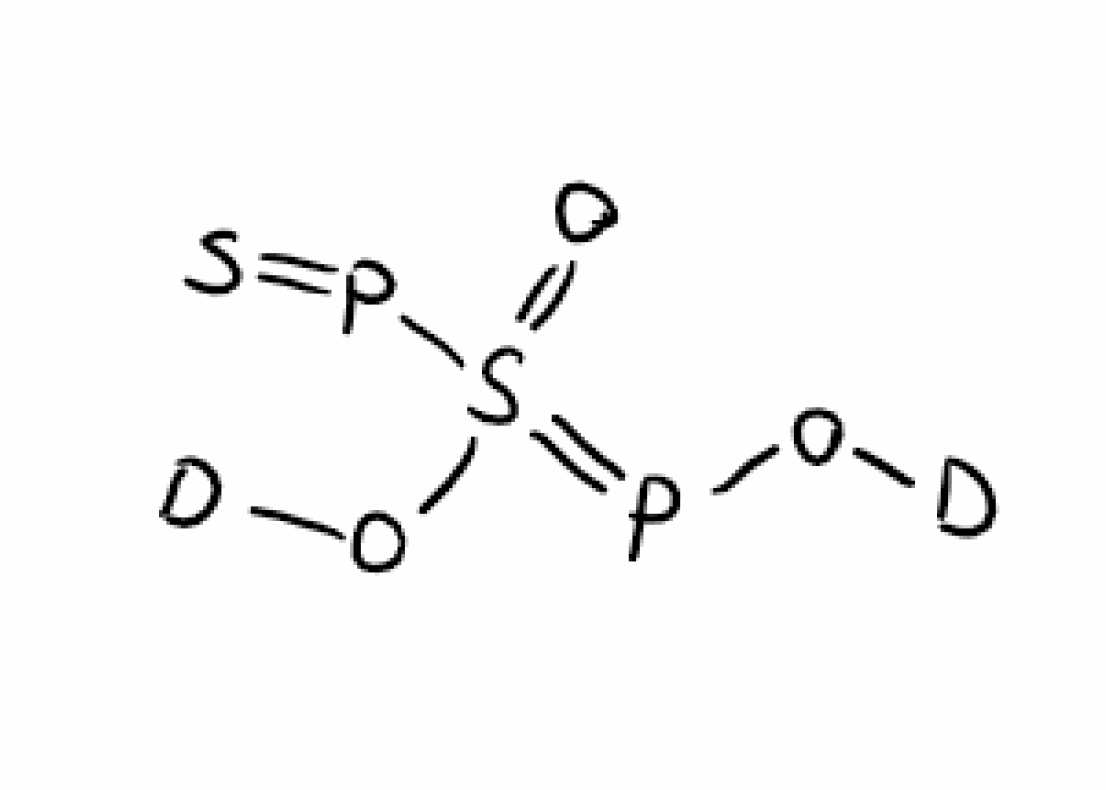
Simplified molecular-input line-entry system (SMILES) notation of the given molecule:
[2H]OP=S(=O)(O[2H])P=S